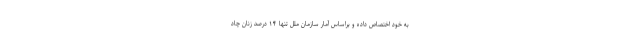
به خود اختصاص داده و براساس آمار سازمان ملل تنها ۱۴ درصد زنان چاد